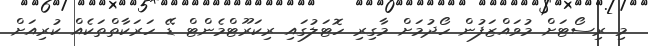
މި ރިސޯޓަށް މުވައްޒަފުން ހޯދުމަށް މާގިރި ހޮޓަލުގައި ރިކަރޫޓްމެންޓް ޑޭ ހަރަކާތްތަކެއް ކުރިއަށް